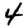
Digit: 4